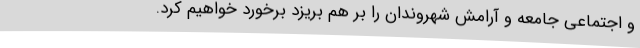
و اجتماعی جامعه و آرامش شهروندان را بر هم بریزد برخورد خواهیم کرد.